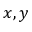
x , y